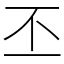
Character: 丕